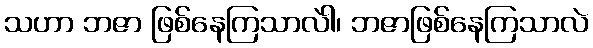
သဟာ ဘဇာ ဖြစ်နေကြသာလဲါ၊ ဘဇာဖြစ်နေကြသာလဲ